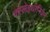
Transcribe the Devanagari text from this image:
क्स्लेइथीनियन